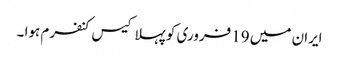
ایران میں 19 فروری کو پہلا کیس کنفرم ہوا ۔